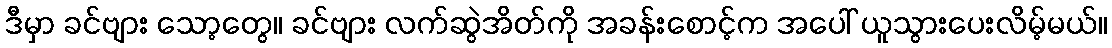
ဒီမှာ ခင်ဗျား သော့တွေ။ ခင်ဗျား လက်ဆွဲအိတ်ကို အခန်းစောင့်က အပေါ် ယူသွားပေးလိမ့်မယ်။